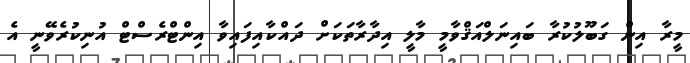
މީރާ އިން ގަބޫލުކުރާ ބައިނަލްއަޤްވާމީ މާލީ އިދާރާތަކަށް ދައްކާއިފައިވާ އިންޓްރެސްޓް އުނިކުރެވޭނީ އެ